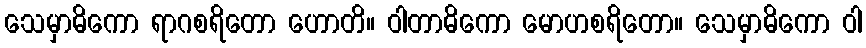
သေမှာဓိကော ရာဂစရိတော ဟောတိ။ ဝါတာဓိကော မောဟစရိတော။ သေမှာဓိကော ဝါ